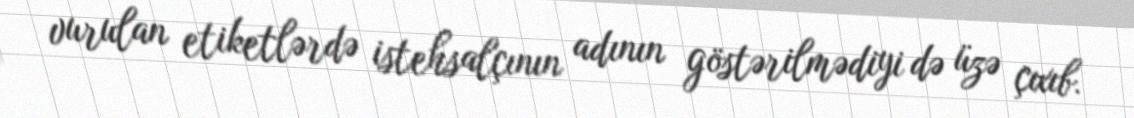
vurulan etiketlərdə istehsalçının adının göstərilmədiyi də üzə çıxıb.